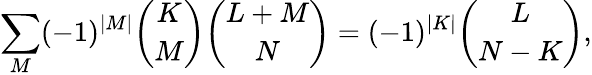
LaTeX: \sum_{M}(-1)^{|M|}{\binom{K}{M}}{\binom{L+M}{N}}=(-1)^{|K|}{\binom{L}{N-K}},